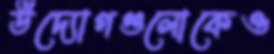
উদ্যোগগুলোকেও